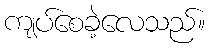
ကျပ်စေခဲ့လေသည်။